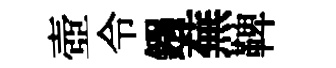
壺令鏹蕪鞞